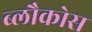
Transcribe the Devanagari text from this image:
ब्लौकोस